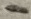
Text: 1